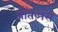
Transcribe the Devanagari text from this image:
प्रोतेअसे